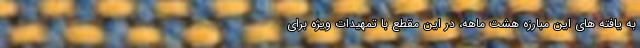
به یافته های این مبارزه هشت ماهه، در این مقطع با تمهیدات ویژه برای